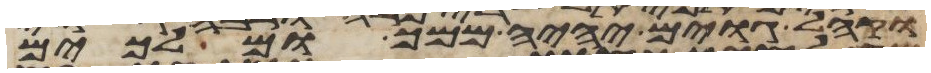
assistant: וקהל גוים יהיה ממך ומלכים